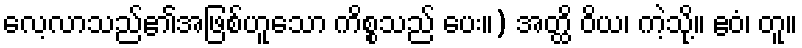
လေ့လာသည်၏အဖြစ်ဟူသော ကိစ္စသည် ပေး။) အတ္ထိ ဝိယ၊ ကဲ့သို့။ ဧဝံ၊ တူ။